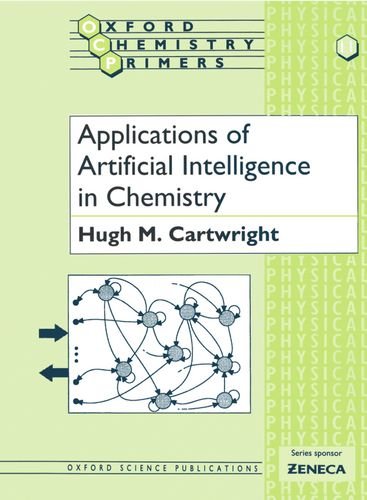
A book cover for Applications of Artificial Intelligence in Chemistry (Oxford Chemistry Primers); Hugh M. Cartwright; Science & Math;